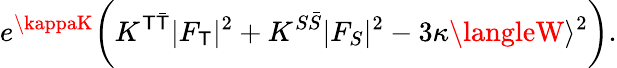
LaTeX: e^{\kappaK}\biggl(K^{\mathsf{T}\bar{{\mathsf{T}}}}|F_{\mathsf{T}}|^{2}+K^{S\bar{{S}}}|F_{S}|^{2}-3\kappa\langleW\rangle^{2}\biggr).